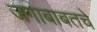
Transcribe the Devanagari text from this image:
जगाबाबतचे